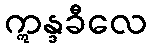
ဣန္ဒခီလေ